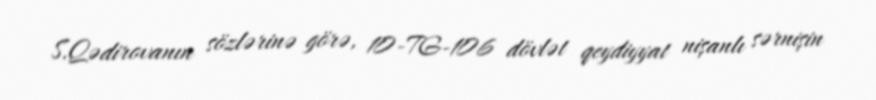
S.Qədirovanın sözlərinə görə, 10-TG-106 dövlət qeydiyyat nişanlı sərnişin